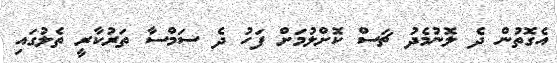
އެގޮތުން ދެ ލޮނުމެދު ޗަސް ކޮށްލުމަށް ފަހު ދެ ސަމްސާ ތަރުކާރީ ތެލުގައި